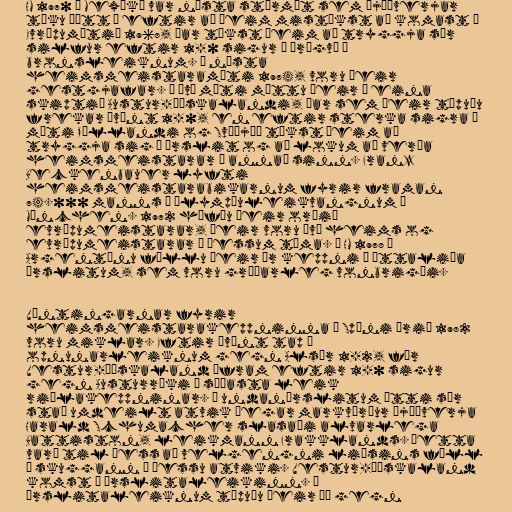
HM 1970 í Mexíkó var næsta stórmót sem Þjóðverjar
tóku þátt í eftir að þeim mistókst að komast á
Evrópumótið 1968, þar tókst þeim að tryggja sér
silfur eftir 1-0 sigur á Úrúgvæ í
bronsleiknum. Á næsta
heimsmeistaramóti 1974, voru þeir
gestgjafar. Á því móti mættu þeir í eina
skiptið Austur-Þýskalandi, þar sem þeir töpuðu
frekar óvænt 1-0, en eftir sterka sigra á
móti Póllandi og Svíþjóð tókst þeim að
tryggja sig í úrslit og að lokum að verða
heimsmeistarar í annað sinn. Franz
Beckenbauer lyfti
heimsmeistarabikarnum fyrir framan
74.000 manns á Ólympíuleikvangnum í
München. 1972 höfðu þeir orðið
evrópumeistarar, þeir voru því heims og
evrópumeistarar á þessum tíma. Á HM 1978 í
Argentínu féllu þeir úr keppni í áttaliða
úrslitum, sem voru gríðarleg vonbrigði.

Væntingarnar fyrir
heimsmeistarakeppninna á Spáni árið 1982
voru miklar. Eftir óvænt tap í
opnunarleiknum gegn Alsír 1-2, fór
Vestur-Þýskaland áfram eftir 1-0 sigur
gegn Austurríki í síðasta leik
riðlakeppninar. Í undanúrslitum átti sér
stað umdeilt atvik þegar markvörður Þjóðverja
Harald Schumacher slasaði alvarlega
Battiston, leikmann Frakklands. Þetta
varð til þess að velgengni liðsins féll
í skuggann á þessu atviki. Vestur-Þýskaland
komst í úrslitaleikinn. Í
úrslitaleiknum töpuðu þeir þó gegn